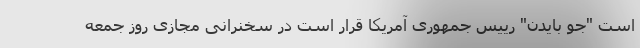
است "جو بایدن" رییس جمهوری آمریکا قرار است در سخنرانی مجازی روز جمعه